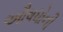
ઔષધોની